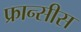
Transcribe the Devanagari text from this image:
फ्रान्सीस